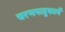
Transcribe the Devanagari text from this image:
चरणपादुकायें